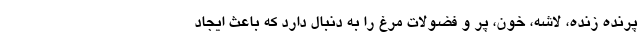
پرنده زنده، لاشه، خون، پر و فضولات مرغ را به دنبال دارد که باعث ایجاد